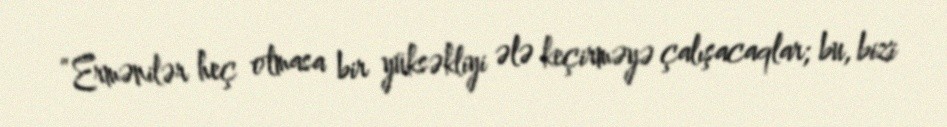
“Ermənilər heç olmasa bir yüksəkliyi ələ keçirməyə çalışacaqlar; bu, bizi